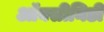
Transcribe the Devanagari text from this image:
ऑक्सीनिडी